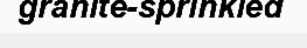
granite-sprinkled